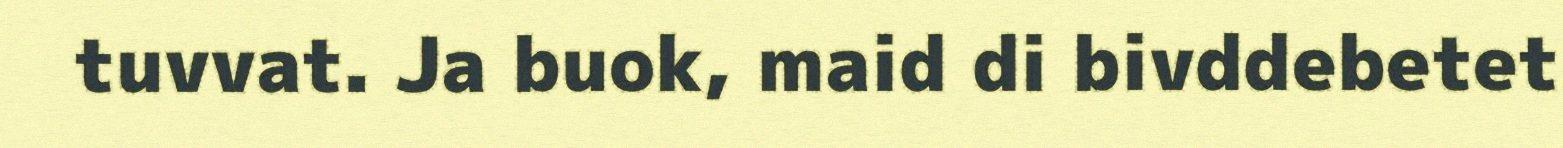
tuvvat. Ja buok, maid di bivddebetet